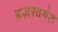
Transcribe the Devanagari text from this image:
हज़रतगंज़